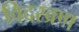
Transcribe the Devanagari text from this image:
विदरव्रण